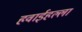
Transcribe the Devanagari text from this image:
हवाईहल्ला